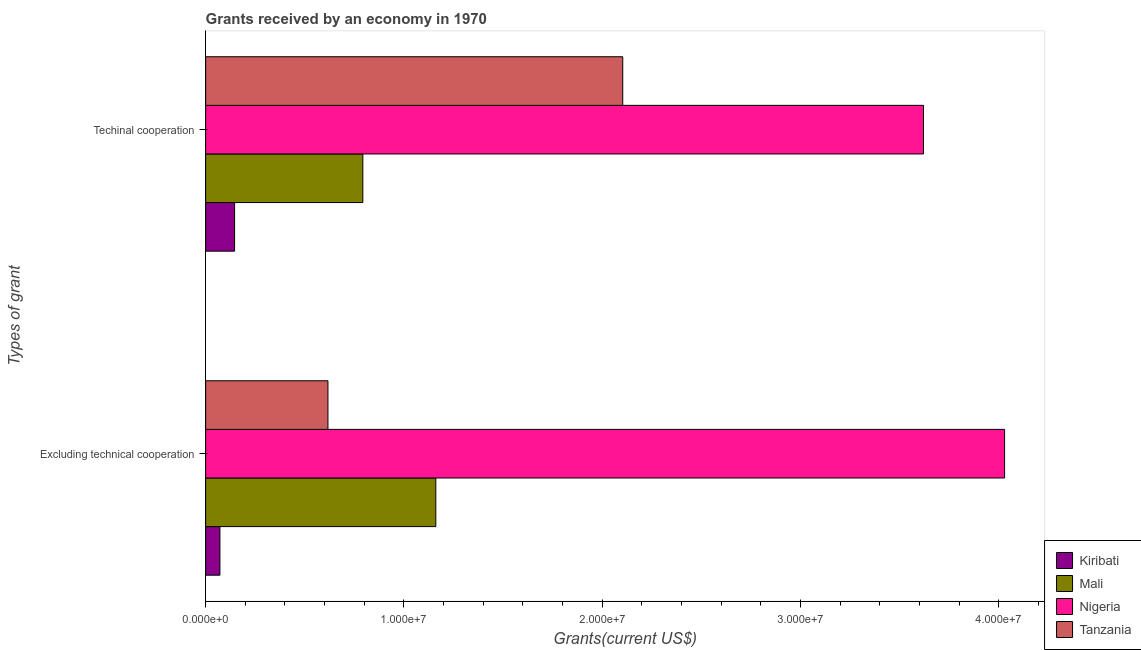
| Types of grant | Kiribati | Mali | Nigeria | Tanzania |
 | --- | --- | --- | --- | --- |
 | Excluding technical cooperation | 7.2e+05 | 1.16e+07 | 4.03e+07 | 6.17e+06 |
 | Techinal cooperation | 1.46e+06 | 7.93e+06 | 3.62e+07 | 2.1e+07 |